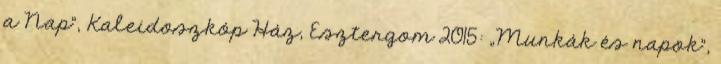
a Nap”, Kaleidoszkóp Ház, Esztergom 2015: „Munkák és napok”,